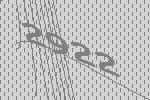
2922